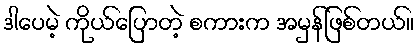
ဒါပေမဲ့ ကိုယ်ပြောတဲ့ စကားက အမှန်ဖြစ်တယ်။